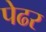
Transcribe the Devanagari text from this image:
पेढर